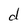
Character: d